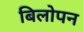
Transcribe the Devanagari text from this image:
बिलोपन